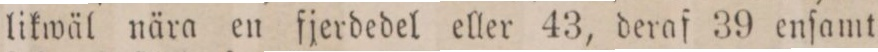
likwäl nära en fjerdedel eller 43, deraf 39 enſamt